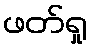
ဖတ်ရှု